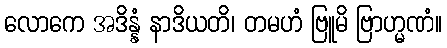
လောကေ အဒိန္နံ နာဒိယတိ၊ တမဟံ ဗြူမိ ဗြာဟ္မဏံ။